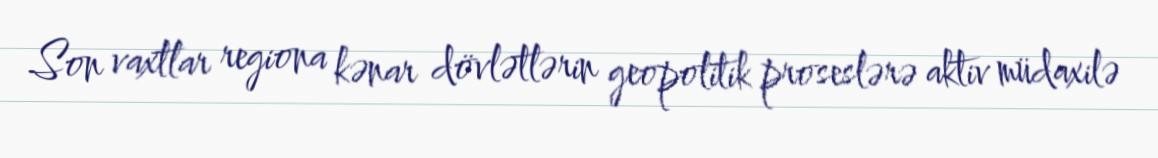
Son vaxtlar regiona kənar dövlətlərin geopolitik proseslərə aktiv müdaxilə